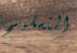
التسليح